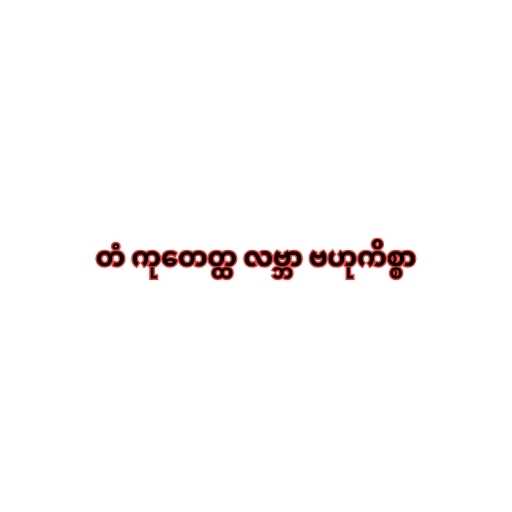
တံ ကုတေတ္ထ လဗ္ဘာ ဗဟုကိစ္စာ